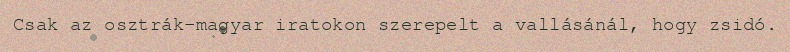
Csak az osztrák-magyar iratokon szerepelt a vallásánál, hogy zsidó.